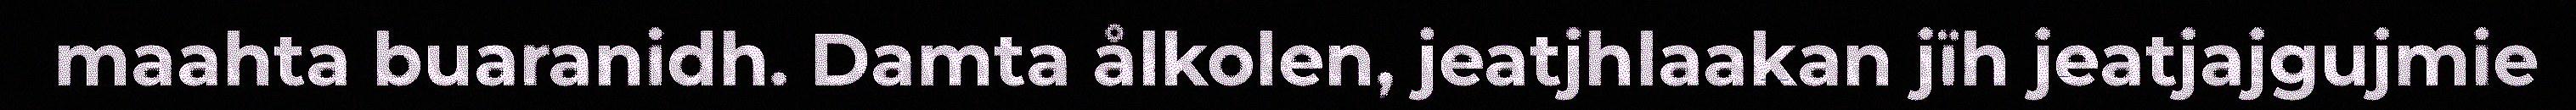
maahta buaranidh. Damta ålkolen, jeatjhlaakan jïh jeatjajgujmie